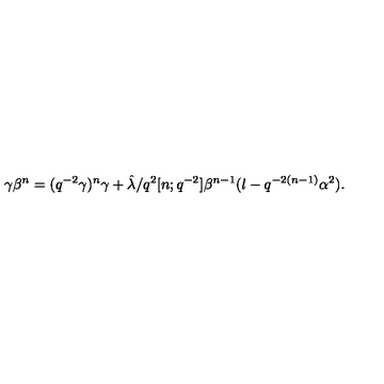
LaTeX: \gamma \beta ^ { n } = ( q ^ { - 2 } \gamma ) ^ { n } \gamma + \hat { \lambda } / q ^ { 2 } [ n ; q ^ { - 2 } ] \beta ^ { n - 1 } ( l - q ^ { - 2 ( n - 1 ) } \alpha ^ { 2 } ) .